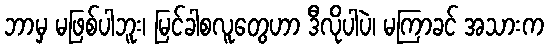
ဘာမှ မဖြစ်ပါဘူး၊ မြင်ခါစလူတွေဟာ ဒီလိုပါပဲ၊ မကြာခင် အသားက